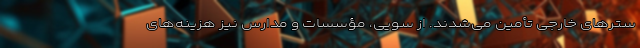
سترهای خارجی تأمین می‌شدند. از سویی، مؤسسات و مدارس نیز هزینه‌های